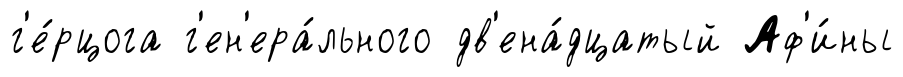
г'е́рцога г'ен'ера́льного дв'ена́дцатый Аф'и́ны